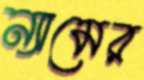
ন্যামের